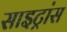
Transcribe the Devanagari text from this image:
साइट्रांस